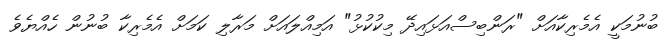
ބުނުމަކީ އެމެރިކާއަށް "ރަންބިސްއަޅައިދޭ މިކުކުޅު" އަމިއްލައަށް މަރާލި ކަމަށް އެމެރިކާ ބުނުން ހެއްޔެވެ